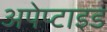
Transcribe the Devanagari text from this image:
अपेप्टाइड